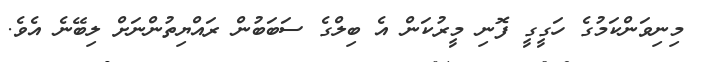
މިނިވަންކަމުގެ ހަގީގީ ފޮނި މީރުކަން އެ ބިލްގެ ސަބަބުން ރައްޔިތުންނަށް ލިބޭނެ އެވެ.